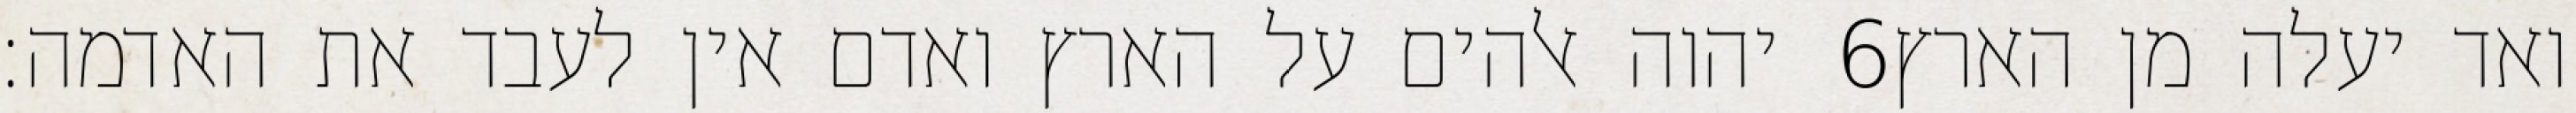
יהוה אלהים על הארץ ואדם אין לעבד את האדמה׃ ‎6‏ ואד יעלה מן הארץ